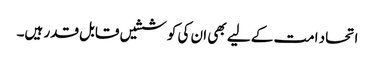
اتحاد امت کے لیے بھی ان کی کوششیں قابل قدر ہیں۔